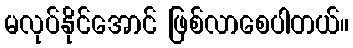
မလုပ်နိုင်အောင် ဖြစ်လာစေပါတယ်။